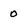
Character: 0